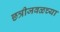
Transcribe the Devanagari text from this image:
छत्रीजवळच्या